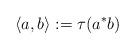
LaTeX: \begin{align*}\langle a,b\rangle:=\tau(a^*b)\end{align*}